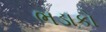
ભડાકો